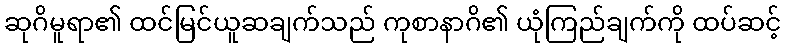
ဆုဂိမူရာ၏ ထင်မြင်ယူဆချက်သည် ကုစာနာဂိ၏ ယုံကြည်ချက်ကို ထပ်ဆင့်